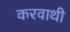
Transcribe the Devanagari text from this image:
करवाथी